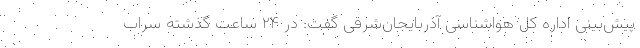
پیش‌بینی اداره کل هواشناسی آذربایجان‌شرقی گفت: در ۲۴ ساعت گذشته سراب